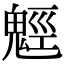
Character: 𩳍